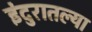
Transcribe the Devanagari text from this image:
इंदुरातल्या